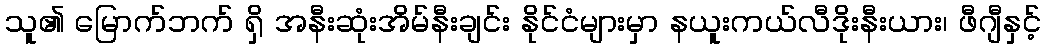
သူ၏ မြောက်ဘက် ရှိ အနီးဆုံးအိမ်နီးချင်း နိုင်ငံများမှာ နယူးကယ်လီဒိုးနီးယား၊ ဖီဂျီနှင့်